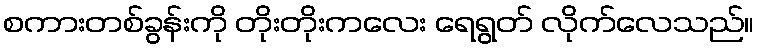
စကားတစ်ခွန်းကို တိုးတိုးကလေး ရေရွတ် လိုက်လေသည်။